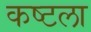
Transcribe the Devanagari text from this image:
कष्टला